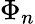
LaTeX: \Phi_{n}